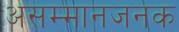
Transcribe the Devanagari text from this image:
असम्मानजनक